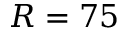
R = 7 5